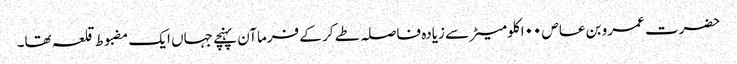
حضرت عمرو بن عاص ۰۰ا کلومیٹر سے زیادہ فاصلہ طے کر کے فرماآن پہنچے جہاں ایک مضبوط قلعہ تھا۔